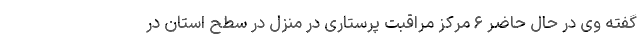
گفته وی در حال حاضر ۶ مرکز مراقبت پرستاری در منزل در سطح استان در